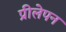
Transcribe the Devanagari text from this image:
प्रीलेपन